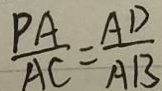
\frac { P A } { A C } = \frac { A D } { A B }